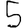
Digit: 5